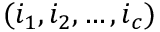
( i _ { 1 } , i _ { 2 } , \ldots , i _ { c } )